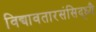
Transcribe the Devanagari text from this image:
विद्यावतारसंसिद्ध्यै